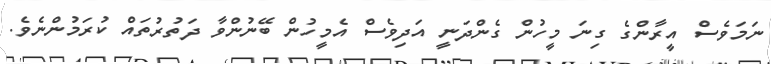
ނަމަވެސް އީރާންގެ ގިނަ މީހުން ގެންދަނީ އަދިވެސް އެމީހުން ބޭނުންވާ ދަތުރުތައް ކުރަމުންނެވެ.